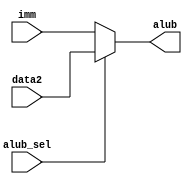
module alub_Sel (
    input [31:0] imm,
    input [31:0] data2,
    input alub_sel,
    output [31:0] alub
);
    assign alub = alub_sel ? data2:imm;// 1 data2, 0 imm 
endmodule